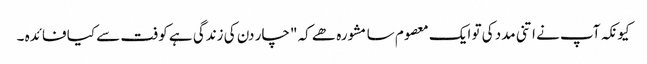
کیونکہ آپ نے اتنی مدد کی تو ایک معصوم سا مشورہ ھے کہ "چار دن کی زندگی ہے کوفت سے کیا فائدہ ۔